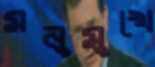
মনুমুখে